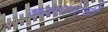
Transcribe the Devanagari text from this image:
करतानाची